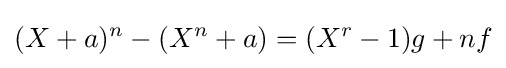
(X+a)^{n}-(X^{n}+a)=(X^{r}-1)g+nf